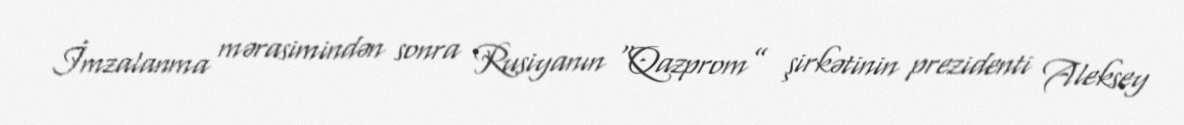
İmzalanma mərasimindən sonra Rusiyanın “Qazprom” şirkətinin prezidenti Aleksey